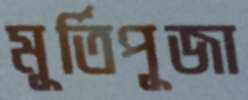
মূর্তিপূজা